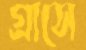
গ্রাসে